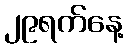
၂၉ရက်နေ့